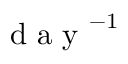
\mathrm { ~ d ~ a ~ y ~ } ^ { - 1 }